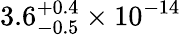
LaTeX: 3.6_{-0.5}^{+0.4}\times 10^{-14}